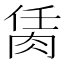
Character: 𦚮